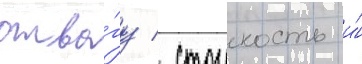
отва́гу / стоикость и́